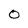
Character: 0